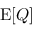
\mathrm { E } \! \left[ Q \right]